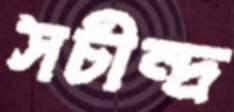
সচীন্দ্র